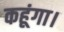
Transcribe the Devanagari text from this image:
कहूंगा।